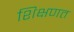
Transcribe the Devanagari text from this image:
शिक्षणत